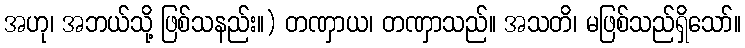
အဟု၊ အဘယ်သို့ ဖြစ်သနည်း။) တဏှာယ၊ တဏှာသည်။ အသတိ၊ မဖြစ်သည်ရှိသော်။